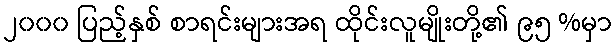
၂၀၀၀ ပြည့်နှစ် စာရင်းများအရ ထိုင်းလူမျိုးတို့၏ ၉၅ %မှာ